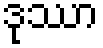
ဒုဿာ